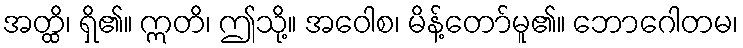
အတ္ထိ၊ ရှိ၏။ ဣတိ၊ ဤသို့။ အဝေါစ၊ မိန့်တော်မူ၏။ ဘောဂေါတမ၊